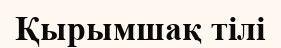
Қырымшақ тілі